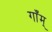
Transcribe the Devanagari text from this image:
गाँम्